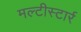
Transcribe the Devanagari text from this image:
मल्टीस्टार्र